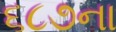
૬૮૭ના